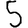
Digit: 5